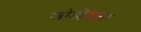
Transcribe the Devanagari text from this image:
जोडीतला